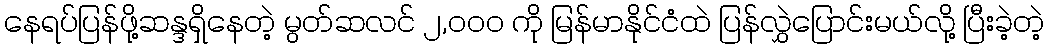
နေရပ်ပြန်ဖို့ဆန္ဒရှိနေတဲ့ မွတ်ဆလင် ၂,၀၀၀ ကို မြန်မာနိုင်ငံထဲ ပြန်လွှဲပြောင်းမယ်လို့ ပြီးခဲ့တဲ့